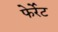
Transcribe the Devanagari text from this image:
फेर्रेट